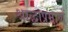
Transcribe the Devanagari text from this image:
श्राद्धाप्रमाणें